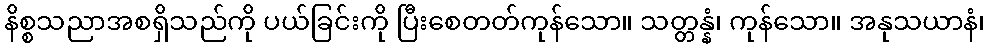
နိစ္စသညာအစရှိသည်ကို ပယ်ခြင်းကို ပြီးစေတတ်ကုန်သော။ သတ္တန္နံ၊ ကုန်သော။ အနုသယာနံ၊